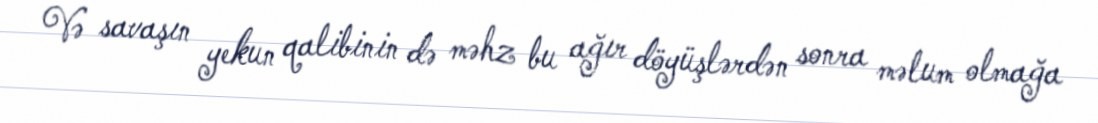
Və savaşın yekun qalibinin də məhz bu ağır döyüşlərdən sonra məlum olmağa